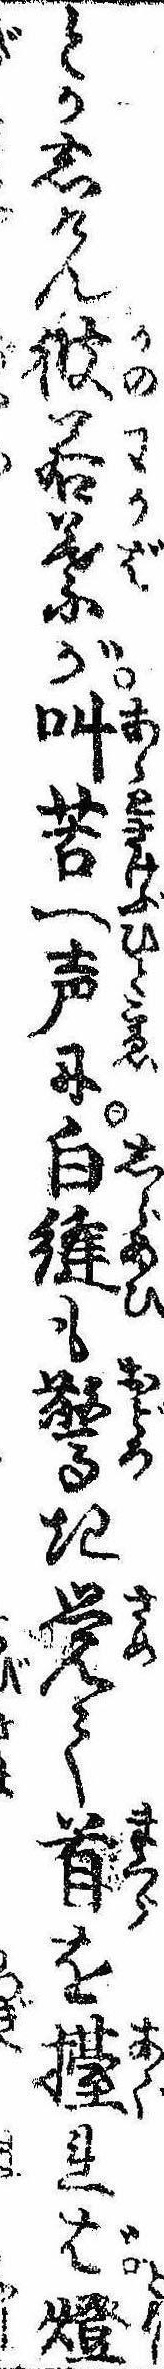
とかしけん彼若葉が叫苦一声に白縫も驚き覚て首を擡れば灯